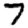
Digit: 7